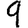
Digit: 9